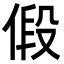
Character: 𪝒